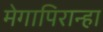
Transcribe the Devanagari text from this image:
मेगापिरान्हा